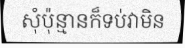
សុំប៉ុន្មានក៏ទប់វាមិន